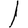
Digit: 1